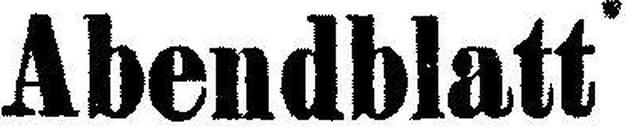
Abendblatt